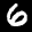
Label: 6